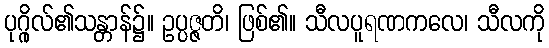
ပုဂ္ဂိုလ်၏သန္တာန်၌။ ဥပ္ပဇ္ဇတိ၊ ဖြစ်၏။ သီလပူရဏကလေ၊ သီလကို